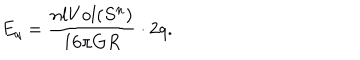
LaTeX: E _ { q } = \frac { n l V o l ( S ^ { n } ) } { 1 6 \pi G R } \cdot 2 q .